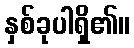
နှစ်ခုပါရှိ၏။